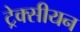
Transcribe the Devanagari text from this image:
ट्रेक्सीयन